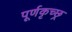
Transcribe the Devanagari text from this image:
पूर्णकृच्छ्र